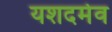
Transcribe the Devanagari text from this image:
यशदमेव